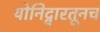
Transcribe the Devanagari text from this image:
योनिद्वारतूनच